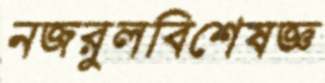
নজরুলবিশেষজ্ঞ